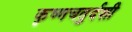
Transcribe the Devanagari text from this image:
कृष्णचतुर्दशी